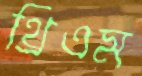
থ্রিএম